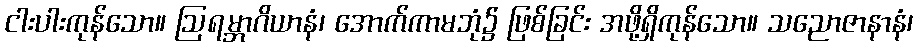
ငါးပါးကုန်သော။ ဩရမ္ဘာဂိယာနံ၊ အောက်ကာမဘုံ၌ ဖြစ်ခြင်း အဖို့ရှိကုန်သော။ သညောဇာနာနံ၊